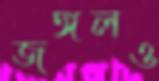
জঙ্গলও